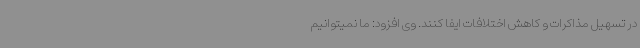
در تسهیل مذاکرات و کاهش اختلافات ایفا کنند. وی افزود: ما نمیتوانیم